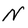
Character: N